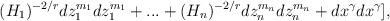
LaTeX: \begin{align*}(H_{1})^{-2/r}dz_{1}^{m_{1}}dz_{1}^{m_{1}}+...+(H_{n})^{-2/r}dz_{n}^{m_{n}}dz_{n}^{m_{n}}+dx^{\gamma}dx^{\gamma}], \end{align*}